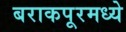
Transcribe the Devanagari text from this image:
बराकपूरमध्ये